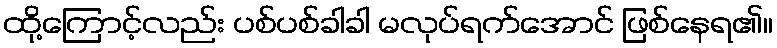
ထို့ကြောင့်လည်း ပစ်ပစ်ခါခါ မလုပ်ရက်အောင် ဖြစ်နေရ၏။